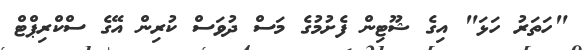
"ހަތަރު ހަޅަ" އިގެ ޝޫޓިން ފެށުމުގެ މަސް ދުވަސް ކުރިން އޭގެ ސްކްރިޕްޓް